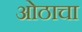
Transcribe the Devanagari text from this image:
ओठाचा